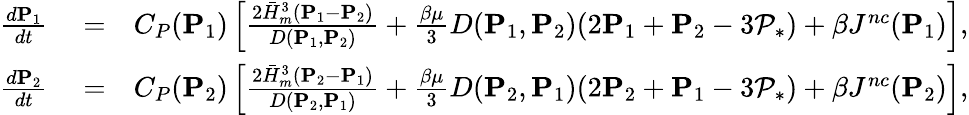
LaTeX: \begin{array}{rlr}{\frac{d\mathbf{P}_{1}}{dt}}&{{}=}&{C_{P}(\mathbf{P}_{1})\left[\frac{2\bar{H}_{m}^{3}(\mathbf{P}_{1}-\mathbf{P}_{2})}{D(\mathbf{P}_{1},\mathbf{P}_{2})}+{\frac{\beta\mu}{3}}D(\mathbf{P}_{1},\mathbf{P}_{2})(2\mathbf{P}_{1}+\mathbf{P}_{2}-3\mathcal{P}_{*})+\beta J^{nc}(\mathbf{P}_{1})\right],}\\ {\frac{d\mathbf{P}_{2}}{dt}}&{{}=}&{C_{P}(\mathbf{P}_{2})\left[\frac{2\bar{H}_{m}^{3}(\mathbf{P}_{2}-\mathbf{P}_{1})}{D(\mathbf{P}_{2},\mathbf{P}_{1})}+{\frac{\beta\mu}{3}}D(\mathbf{P}_{2},\mathbf{P}_{1})(2\mathbf{P}_{2}+\mathbf{P}_{1}-3\mathcal{P}_{*})+\beta J^{nc}(\mathbf{P}_{2})\right],}\end{array}